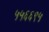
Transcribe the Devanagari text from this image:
५५६६९५